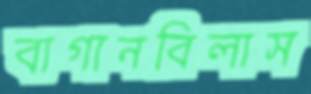
বাগানবিলাস